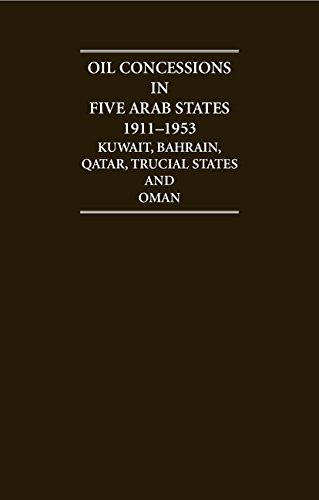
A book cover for Arabian Gulf Oil Concessions 1911-1953 12 Volume Set (Cambridge Archive Editions); History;